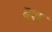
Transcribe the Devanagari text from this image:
दॆश